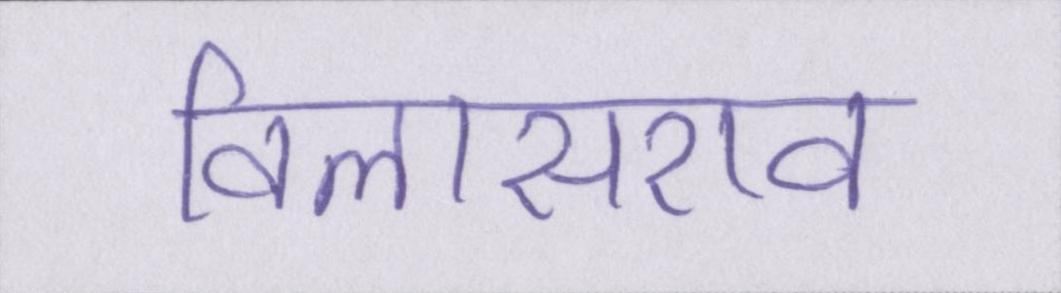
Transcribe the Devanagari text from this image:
विलासराव